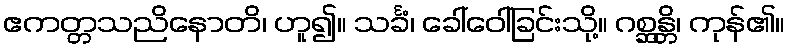
ဧကတ္တသညိနောတိ၊ ဟူ၍။ သင်္ခံ၊ ခေါ်ဝေါ်ခြင်းသို့။ ဂစ္ဆန္တိ၊ ကုန်၏။